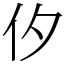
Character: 㐴